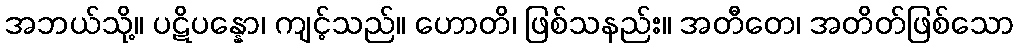
အဘယ်သို့။ ပဋိပန္နော၊ ကျင့်သည်။ ဟောတိ၊ ဖြစ်သနည်း။ အတီတေ၊ အတိတ်ဖြစ်သော